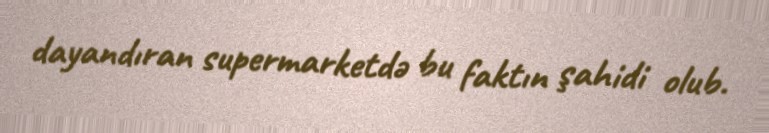
dayandıran supermarketdə bu faktın şahidi olub.